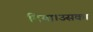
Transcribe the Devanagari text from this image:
दिया।उसका